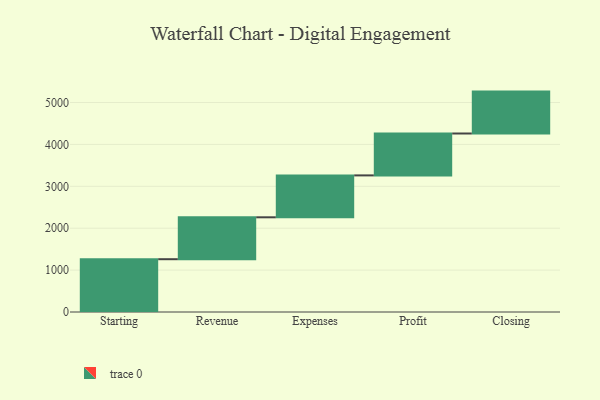
{"axis": {"x": "Step", "y": "Value"}, "legend": [""], "data": [{"x": "Starting", "y": 1260.0, "type": ""}, {"x": "Revenue", "y": 1000, "type": ""}, {"x": "Expenses", "y": 1000, "type": ""}, {"x": "Profit", "y": 1000, "type": ""}, {"x": "Closing", "y": 1000, "type": ""}]}